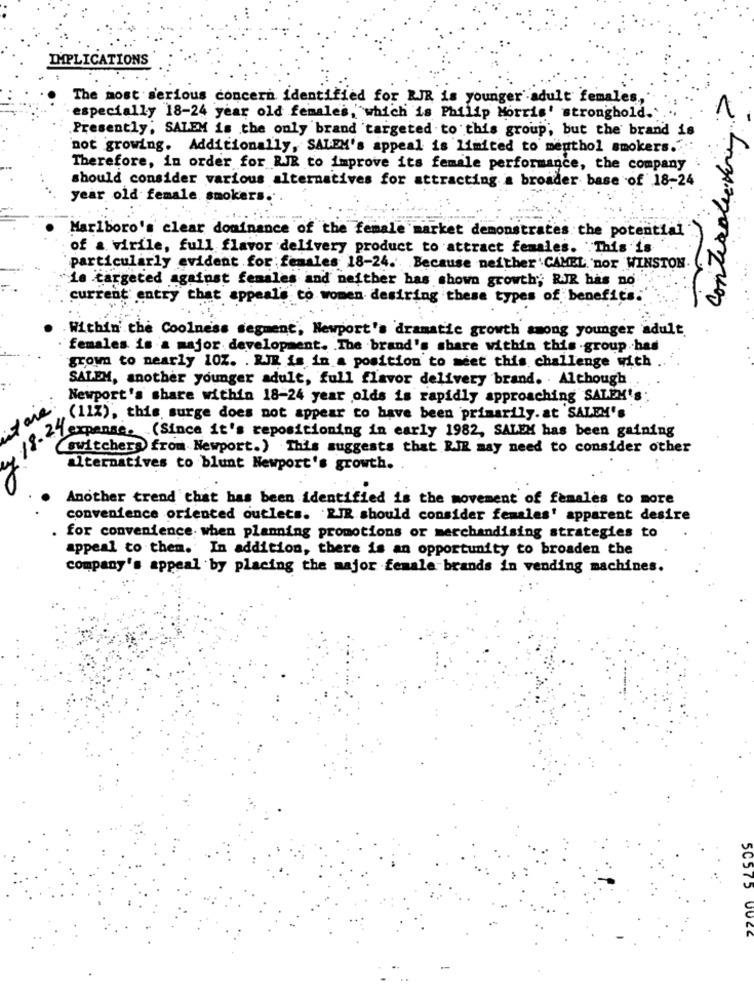
IMPLICATIONS
The most serious concern identified for RIR is younger adult females,
especially 18-24 year old females, which is Philip Morris' stronghold.'
Presently; SALEM is the only brand targeted to this group, but the brand is
not growing. Additionally, SALEM's appeal is limited to menthol smokers."
Therefore, in order for RIR to improve its female performance, the company
should consider various alternatives for attracting a broader base of 18-24
year old female smokers.
control
Marlboro's clear dominance of the female market demonstrates the potential
of a virile, full flavor delivery product to attract females. This is
particularly evident for females 18-24. Because neither'CAMEL nor WINSTON
is targeted against females and neither has shown growth; RJR has no
current entry that appeals co women desiring these types of benefits.
Within the Coolness segment, Newport's dramatic growth among younger adult.
females is a major development. The brand's share within this group has
grown to nearly 10Z. . RJR is in a position to meet this challenge with
SALEM, another younger adult, full flavor delivery brand. . Although.
Newport's share within 18-24 year olds is rapidly approaching SALEK'
(11%), this surge does not appear to have been primarily.at SALEH's
expense. (Since it's repositioning in early 1982, SALEM has been gaining
switchers from Newport.) This suggests that RIR may need to consider other
alternatives to blunt Newport's growth.
Another trend that has been identified is the movement of females to more
convenience oriented outlets. RIR should consider females' apparent desire
for convenience. when planning promotions or merchandising strategies to
appeal to them. In addition, there is an opportunity to broaden the
company's appeal by placing the major female brands in vending machines.
5C575